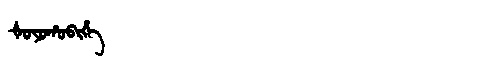
Manchu: ᡧᠣᠶᠣᡥᠣᠪᡳᡥᡝ
Romanization: ŠOYOHOBIHE